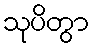
သုပိတွာ